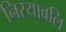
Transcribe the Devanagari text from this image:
निरयावलि